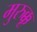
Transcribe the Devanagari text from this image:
मुरुक्कू